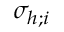
\sigma _ { h ; i }